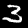
Digit: 3